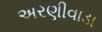
અરણીવાડા